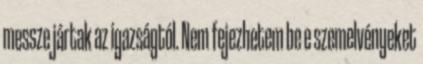
messze jártak az igazságtól. Nem fejezhetem be e szemelvényeket